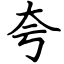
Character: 夸